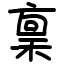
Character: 稟